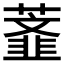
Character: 𰲅